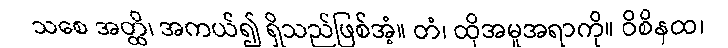
သစေ အတ္ထိ၊ အကယ်၍ ရှိသည်ဖြစ်အံ့။ တံ၊ ထိုအမူအရာကို။ ဝိစိနထ၊